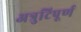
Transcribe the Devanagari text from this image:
अत्रुटिपूर्ण